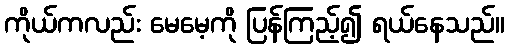
ကိုယ်ကလည်း မေမေ့ကို ပြန်ကြည့်၍ ရယ်နေသည်။